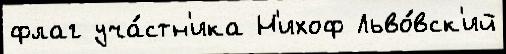
флаг уча́стн'ика Н'ихоф Льво́вск'ий